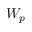
W _ { p }